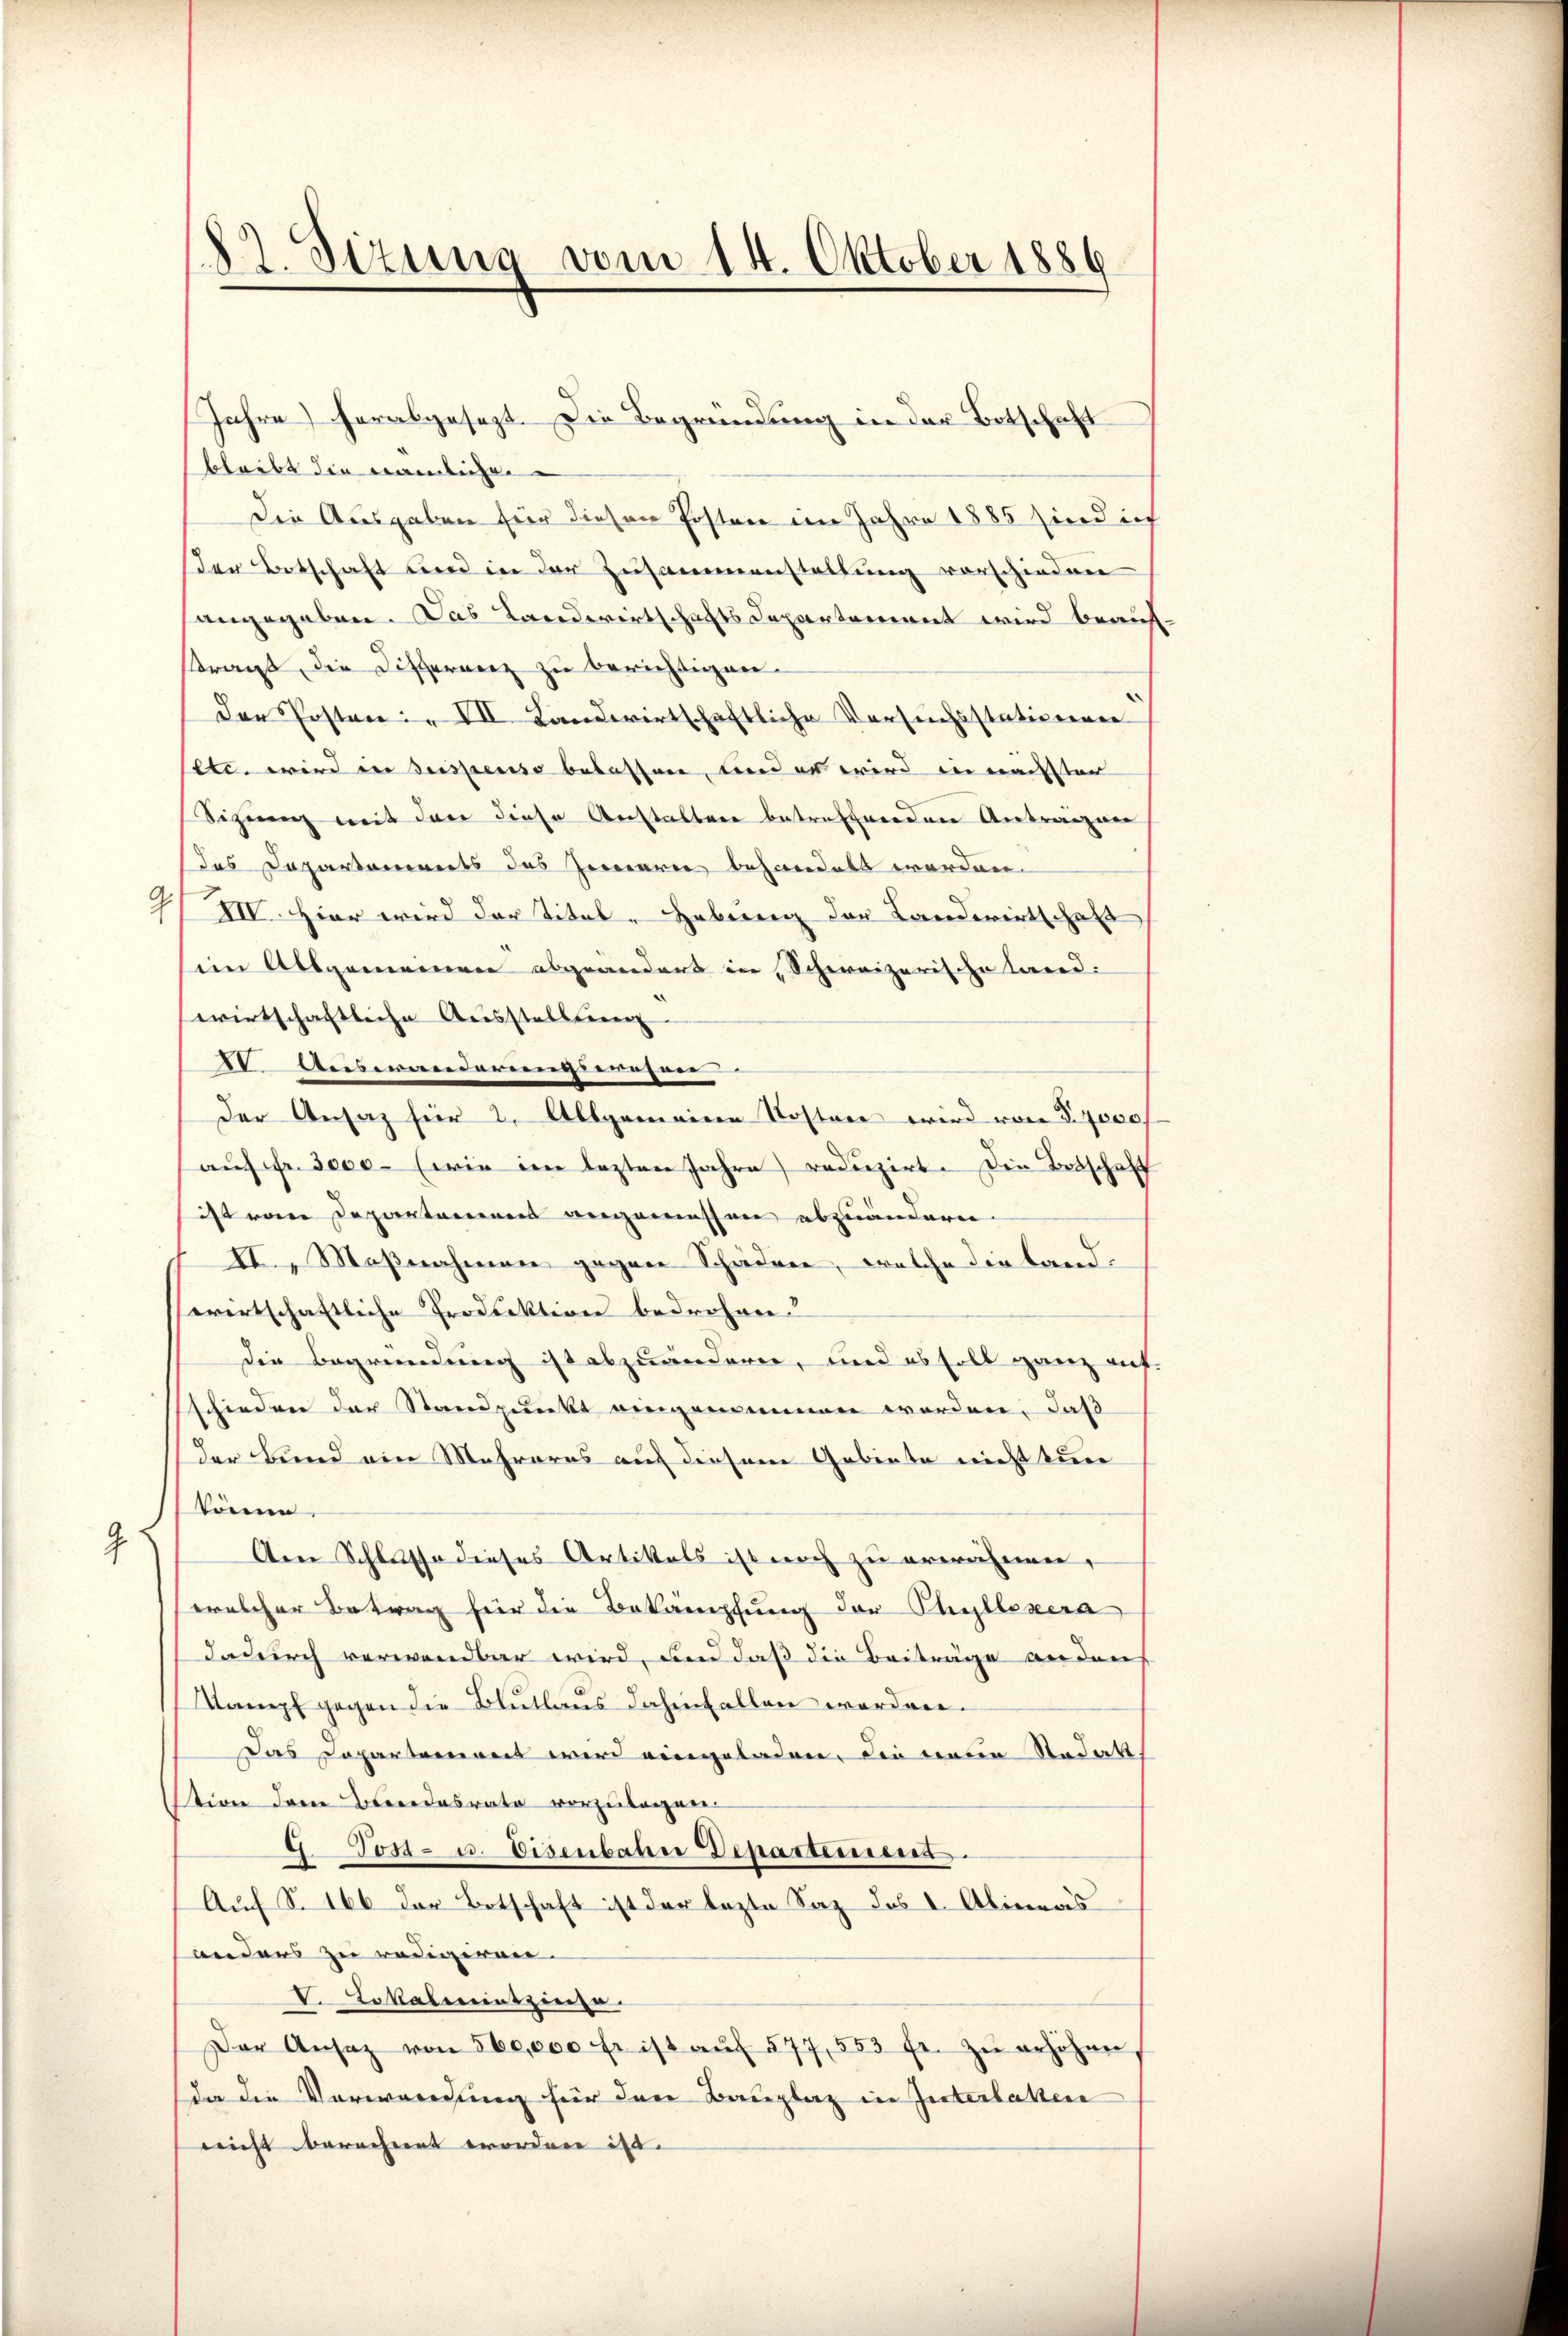
9

§2. Sizung vom 14. Oktober 1886.

Jahre) herabgesezt. Die Begründung in der Botschaft
bleibt die nämliche
Die Ausgaben für diesen Posten im Jahre 1885 sind ich
den Botschaft und in der Zusammenstallung vorschieden
angegeben. Das Landwirtschafts Departement wird beauf
tragt, die Differenz zu berichtigen-
der Posten VII Landwirtschaftliche Verseichsstationener
set wird in dispenso belassen, und es wird in nachsten
Sizung mit den diese Anstalten betreffendene Antragen
das Departements das Gemarie behandelt werden
7/III. Hier wird der Titel - Hebung der Landwirtschaft
im Allgemeinen abgeändert in Schweizerische land.
wirtschaftliche Ausstellung
IV. Auswanderengeregen
Der Ansaz für 2. Allgemeine Kosten wird von §. 7000f
aŭf fr. 3000 (wie im lezten Jahre reduzirt. Die Botschaft
ist vom Departamens angemessen abzuändern.
II., Massnahmen gegen Schäden, welche die Land-
wirtschaftliche Produktion bedrohnen.
die Begründung ist abzuänderen, und es soll ganz auf.
schieden der Standpunkt eingemeinen werden, daß
der Bund ein Mehreres auf diesem Gebiete nicht tun
könne,
Am Schlusse dieses Artikels ist noch zu erwähnen,
welcher Betrag für die Bekämpfung der Phyllexera
dadurch verwendbar wird, und daß die Beiträge anden
Stampf gegen die Blutlaus dahinfallen worden.
Das Lopartement wird eingeladen, die neuen Stadakt
tion dem Bereidesrate vorzulagen.
Tost- u. Eisenbahn Departeme.
.
Auf S. 166 der Botschaft ist der lezte Saz des I. Alineas
anders zu redigeren.
V. Lokalereintzieh
Der Ansaz von 500,000 fr ist aŭf 577, 553 fr. zŭ erhöhen
da die Vorwordung für den Bauplaz in Interlaken
nicht berechnet worden ist. |